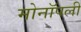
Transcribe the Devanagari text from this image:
मोनॉपली